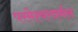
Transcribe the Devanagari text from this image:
परमेश्वरवर्मन